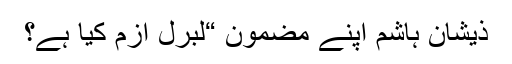
ذیشان ہاشم اپنے مضمون “لبرل ازم کیا ہے؟